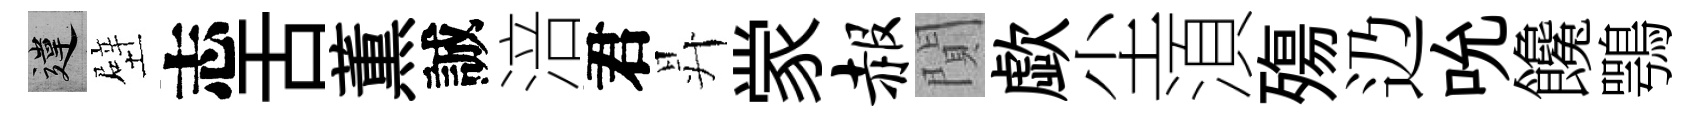
違壁志舌薫誠涪君昇䝉赧閴歔尘湏殤辸吮饞鶚